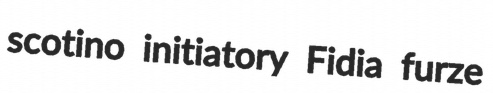
scotino initiatory Fidia furze